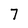
Character: 7